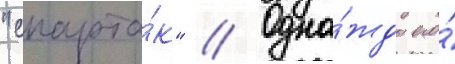
"спарта́к" // Одна́жды его́